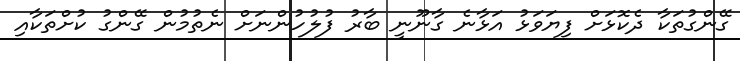
ގޭންގުތަކާ ދެކޮޅަށް ފިޔަވަޅު އަޅާނެ ގާނޫނީ ބާރު ފުލުހުންނަށް ނެތުމުން ގޭންގު ކުށްތަކާއި